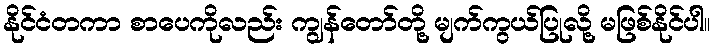
နိုင်ငံတကာ စာပေကိုလည်း ကျွန်တော်တို့ မျက်ကွယ်ပြုလို့ မဖြစ်နိုင်ပါ။